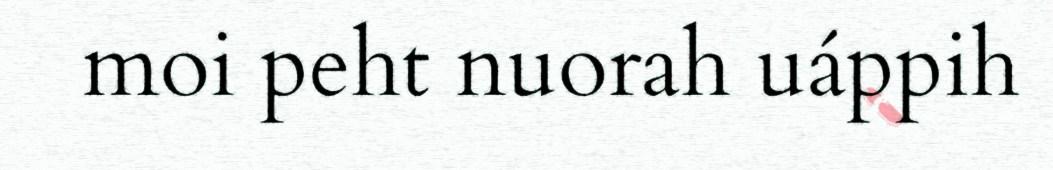
moi peht nuorah uáppih